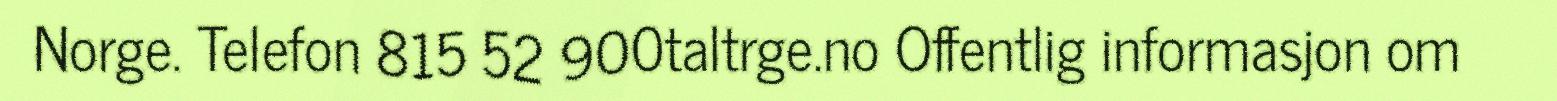
Norge. Telefon 815 52 900taltrge.no Offentlig informasjon om